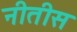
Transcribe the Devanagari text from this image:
नीतीस